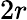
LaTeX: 2r